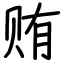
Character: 贿